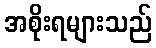
အစိုးရများသည်